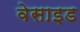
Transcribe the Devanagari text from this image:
वेसाइड